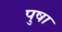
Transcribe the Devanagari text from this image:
पुषा